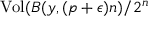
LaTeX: { \mathrm { V o l } } ( B ( y , ( p + \epsilon ) n ) / 2 ^ { n }